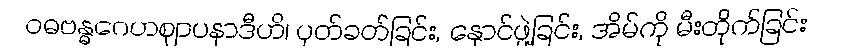
ဝဓဗန္ဓဂေဟဈာပနာဒီဟိ၊ ပုတ်ခတ်ခြင်း, နှောင်ဖွဲ့ခြင်း, အိမ်ကို မီးတိုက်ခြင်း